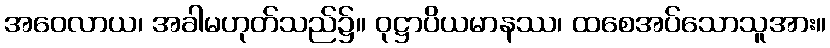
အဝေလာယ၊ အခါမဟုတ်သည်၌။ ဝုဋ္ဌာပိယမာနဿ၊ ထစေအပ်သောသူအား။